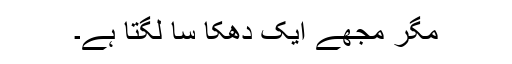
مگر مجھے ایک دھکا سا لگتا ہے۔